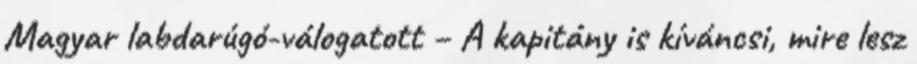
Magyar labdarúgó-válogatott – A kapitány is kíváncsi, mire lesz